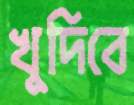
খুদিবে